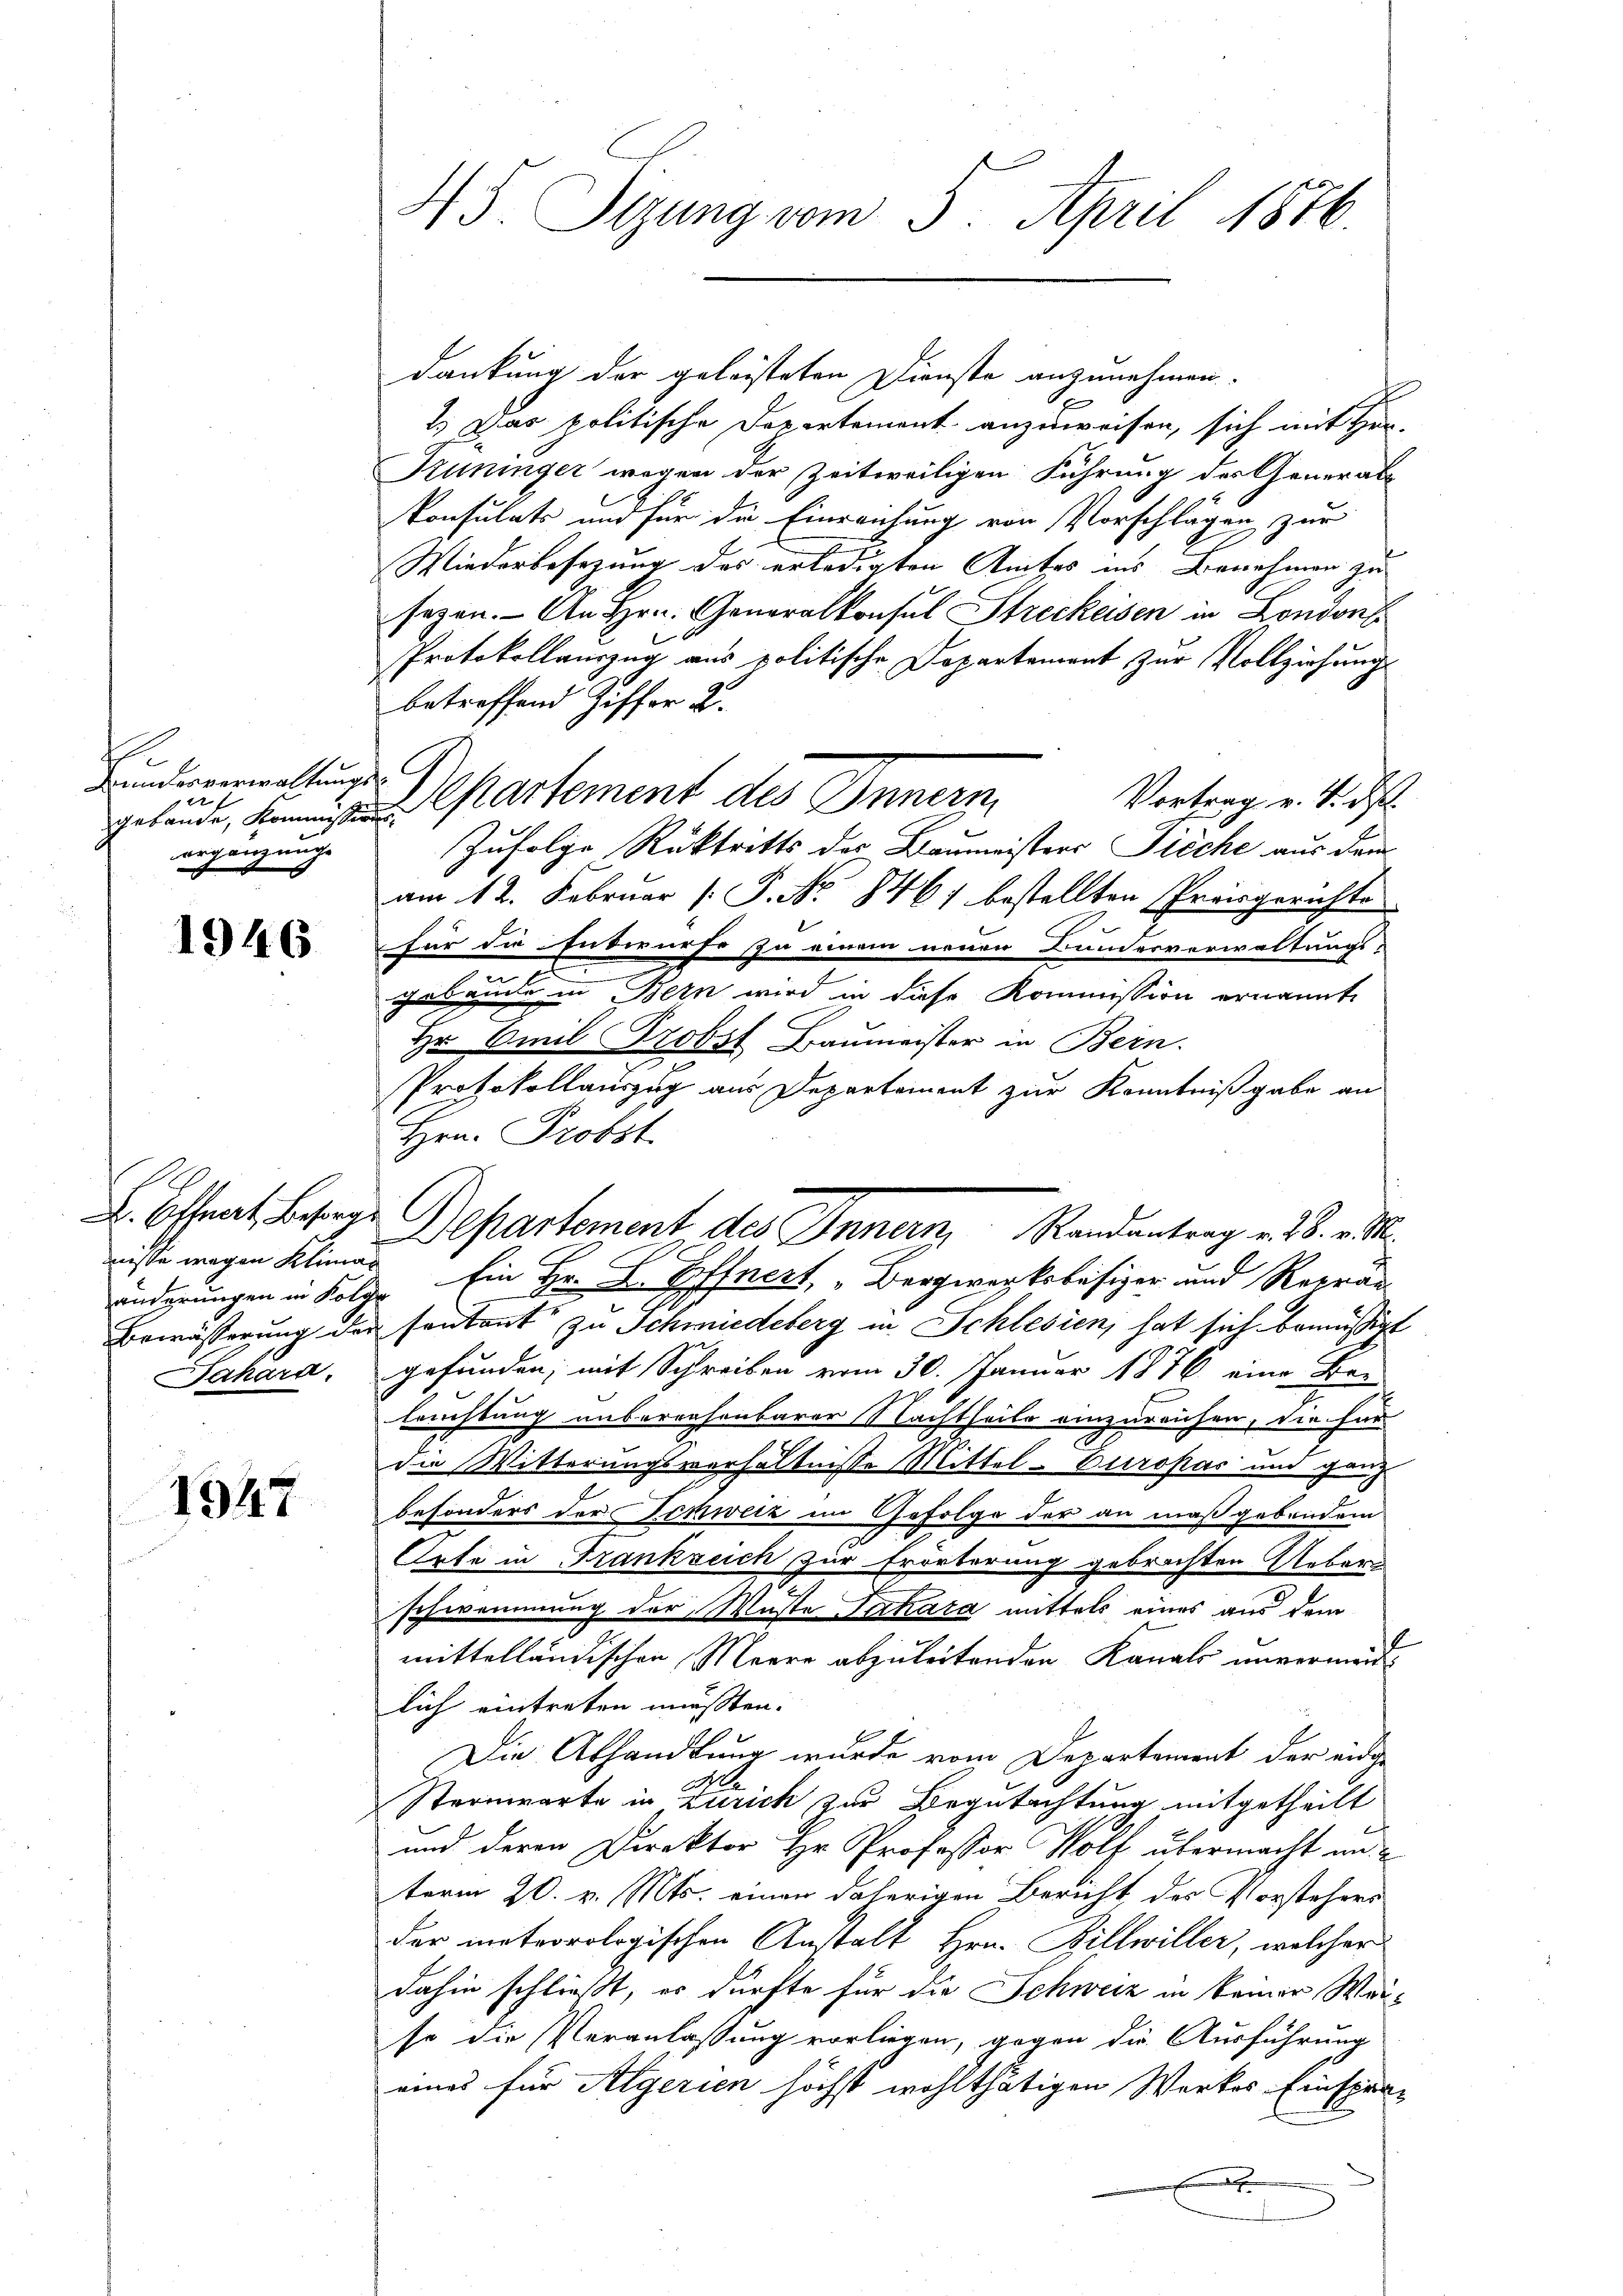
e
Kundesverwaltungs¬
122 f
gebande, Kommission
ergänzungs

1946

nisse wegen Kliman

1947

HS. Sizung vom 5. April 1876.

dankung der geleisteten Dienste anzunehmen.
2.) Das politische Departement anzuweisen, sich mit Hen-
Trüninger wegen der Zeitweiligen Führung der General-
konsulats und für die Einreichung von Vorschlägen zur
Wiederbesezung des erledigten Amtes ins Benehmen zu
sezen. An Hrn. Generalkonsul Streckeisen in Londons
Protokollauszug aus politische Departement, zur Vollziehung
betreffend Ziffer 2.
Departement des Innern,
Vortrag v. 4. ds.
Zufolge Rücktritts des Baumeisters Tieche aus dem
am 12. Februar [ P. No 846) bestellten Preisgerichte
für die Entwurfe zu einem neuen Bundesverwaltungs-
gebäude in Bern wird in diese Kommission ernannt.
Hr Emil Probst Baumeister in Bern.
Protokollauszug aus Departement zur Kenntnißgabe an
Hrn. Probst
L. Effeat, Betrage Departement des Innern Randantrag u. 3. v. M.
änderungen in Folge Ein Hr. L. Poffnert, „Bergwerksbesizer und Reprä¬
Bewässerung der sontont zu Schmiedeberg in Schlesien, hat sich bemässigt
Sahara, gefunden; mit Schreiben vom 30. Januar 1876 eine Belrichtung unberechenbarer Nachtheile einzureichen, die für-
die Witterungsverhältnisse Mittel- Europas und ganz
besonders der Schweiz im Gefolge der an maßgebendem
Orte in Frankreich zur Erörterung gebrachten Urbare
schwommung der Muste Juchara mittels eines aus dem
mittelländischen Meere abzuleitenden Kanals unvermördlich eintreten mussten.
Die Abhandlung wurde vom Departement der eidge
.
Sternwarte in Zürich zur Begutachtung mitgetheilt
und deren Direktor Hr. Professor Wolf übermacht und
term 20. v. Mts. einen daherigen Bericht des Vorstehers
der meteorologischen Anstalt Hrn. Billwiller, welcher
dahin schließt, es dürfte für die Schweiz in keiner Weiso die Veranlassung vorliegen, gegen die Ausführung
eines für Algerien höchst wohlthätigen Werkes Einspän-
.